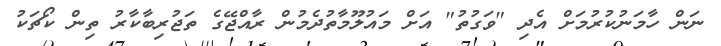
ނަން ހާމަނުކުރުމަށް އެދި "ވަގުތު" އަށް މައުލޫމާތުދެމުން ރާއްޖޭގެ ތަޖުރިބާކާރު ތިން ކޯޗަކު